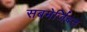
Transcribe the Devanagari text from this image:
सबमेर्जिबल